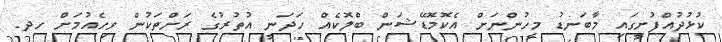
ކުޅުދުއްފުށީގައި މާބަނޑު މީހުންނަށް އެކޮމޮޑޭޝަން ބްލޮކެއް ހަދަނީ އުތުރުގެ ރަށްތަކުން ވިހެއުމަށް ހދ.